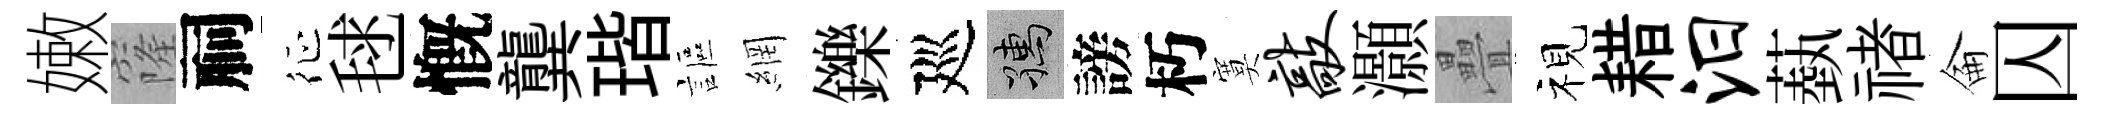
嫩窿祠征毬慨龔瑎謳網鑠廵孺謗朽寞敲灝疊视耤汨蓺禇侖囚